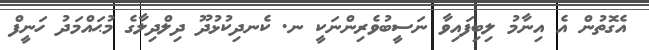
އެގޮތުން އެ އިނާމު ލިބިފައިވާ ނަސީބުވެރިންނަކީ ނ. ކެނދިކުޅުދޫ ދިލްދިލާގެ މުޙައްމަދު ހަނީފް